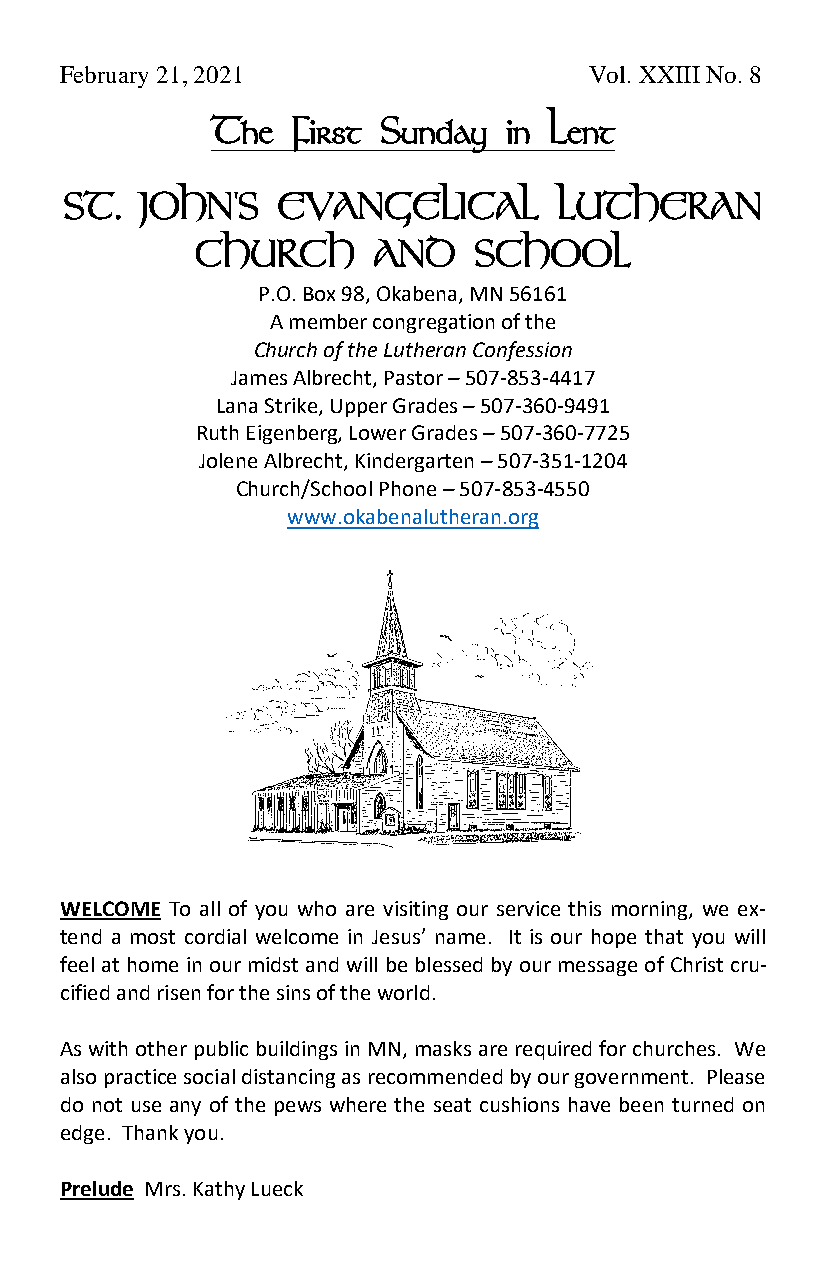
February 21, 2021                  Vol. XXIII No. 8
 The  First Sunday   in Lent
 ST.  JOHN'S   EVANGELICAL        LUTHERAN
 CHURCH      AND   SCHOOL
 P.O. Box 98, Okabena, MN 56161
 A member congregation of the
 Church of the Lutheran Confession
 James Albrecht, Pastor – 507-853-4417
 Lana Strike, Upper Grades – 507-360-9491
 Ruth Eigenberg, Lower Grades – 507-360-7725
 Jolene Albrecht, Kindergarten – 507-351-1204
 Church/School Phone – 507-853-4550
 www.okabenalutheran.org
 WELCOME To all of you who are visiting our service this morning, we ex-
 tend a most cordial welcome in Jesus’ name. It is our hope that you will
 feel at home in our midst and will be blessed by our message of Christ cru-
 cified and risen for the sins of the world.
 As with other public buildings in MN, masks are required for churches. We
 also practice social distancing as recommended by our government. Please
 do not use any of the pews where the seat cushions have been turned on
 edge. Thank you.
 Prelude Mrs. Kathy Lueck